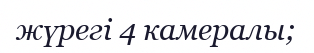
жүрегі 4 камералы;